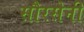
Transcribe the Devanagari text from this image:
सौरसेनी